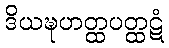
ဒိယဍ္ဎဟတ္ထပတ္ထဋံ